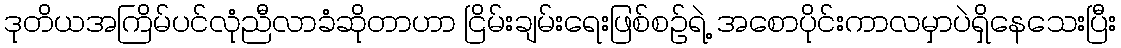
ဒုတိယအကြိမ်ပင်လုံညီလာခံဆိုတာဟာ ငြိမ်းချမ်းရေးဖြစ်စဉ်ရဲ့ အစောပိုင်းကာလမှာပဲရှိနေသေးပြီး